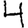
Digit: 4